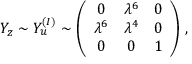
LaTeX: Y _ { z } \sim Y _ { u } ^ { ( I ) } \sim \left( \begin{array} { c c c } { { 0 } } & { { \lambda ^ { 6 } } } & { { 0 } } \\ { { \lambda ^ { 6 } } } & { { \lambda ^ { 4 } } } & { { 0 } } \\ { { 0 } } & { { 0 } } & { { 1 } } \end{array} \right) \, ,